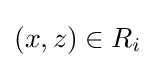
(x,z)\in R_{i}